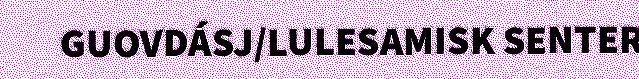
GUOVDÁSJ/LULESAMISK SENTER